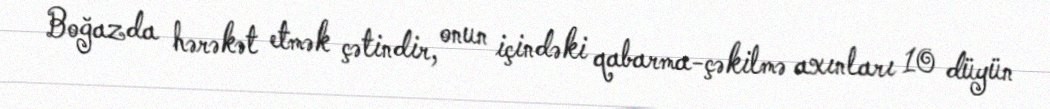
Boğazda hərəkət etmək çətindir, onun içindəki qabarma-çəkilmə axınları 10 düyün